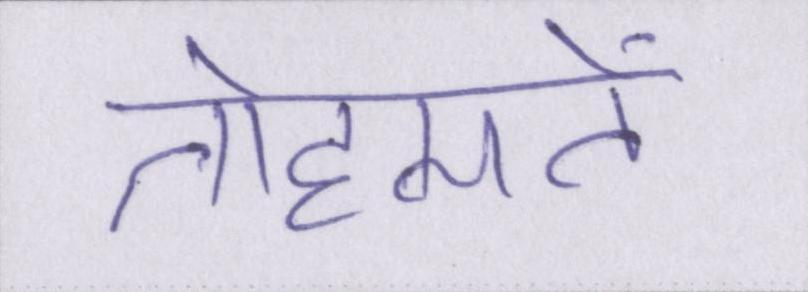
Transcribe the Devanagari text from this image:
तोहमतें